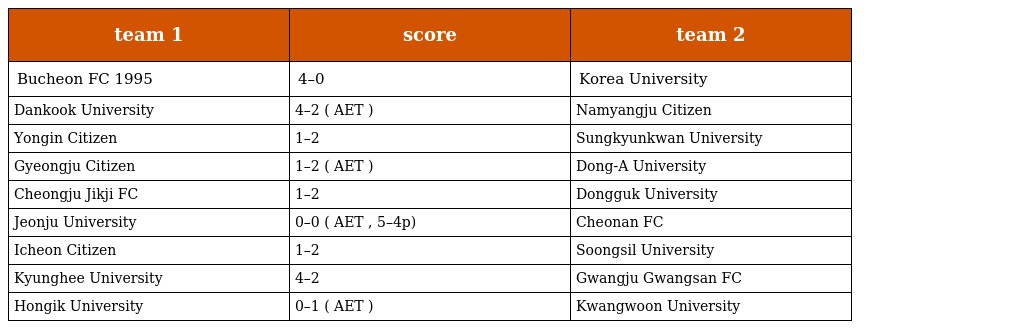
| team 1 | score | team 2 |
 | --- | --- | --- |
 | Bucheon FC 1995 | 4–0 | Korea University |
 | Dankook University | 4–2 ( AET ) | Namyangju Citizen |
 | Yongin Citizen | 1–2 | Sungkyunkwan University |
 | Gyeongju Citizen | 1–2 ( AET ) | Dong-A University |
 | Cheongju Jikji FC | 1–2 | Dongguk University |
 | Jeonju University | 0–0 ( AET , 5–4p) | Cheonan FC |
 | Icheon Citizen | 1–2 | Soongsil University |
 | Kyunghee University | 4–2 | Gwangju Gwangsan FC |
 | Hongik University | 0–1 ( AET ) | Kwangwoon University |